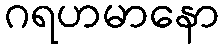
ဂရဟမာနော